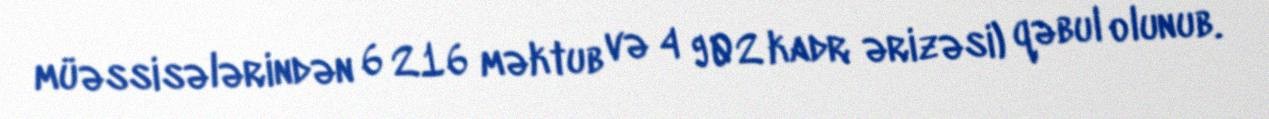
müəssisələrindən 6 216 məktub və 4 902 kadr ərizəsi) qəbul olunub.